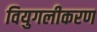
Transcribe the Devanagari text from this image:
वियुगलीकरण